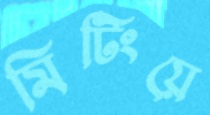
মিটিংয়ে